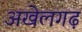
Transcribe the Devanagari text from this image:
अखेलगढ़